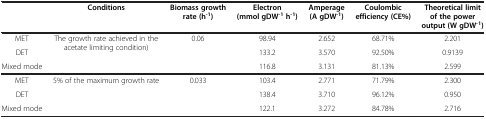
<table><thead><tr><td><b> </b></td><td><b>Conditions</b></td><td><b>Biomass growth rate (h<sup>-1</sup>)</b></td><td><b>Electron (mmol gDW<sup>-1 </sup>h<sup>-1</sup>)</b></td><td><b>Amperage (A gDW<sup>-1</sup>)</b></td><td><b>Coulombic efficiency (CE%)</b></td><td><b>Theoretical limit of the power output (W gDW<sup>-1</sup>)</b></td></tr></thead><tbody><tr><td>MET</td><td rowspan="2">The growth rate achieved in the acetate limiting condition)</td><td rowspan="2">0.06</td><td>98.94</td><td>2.652</td><td>68.71%</td><td>2.201</td></tr><tr><td>DET</td><td>133.2</td><td>3.570</td><td>92.50%</td><td>0.9139</td></tr><tr><td>Mixed mode</td><td> </td><td> </td><td>116.8</td><td>3.131</td><td>81.13%</td><td>2.599</td></tr><tr><td>MET</td><td rowspan="2">5% of the maximum growth rate</td><td rowspan="2">0.033</td><td>103.4</td><td>2.771</td><td>71.79%</td><td>2.300</td></tr><tr><td>DET</td><td>138.4</td><td>3.710</td><td>96.12%</td><td>0.950</td></tr><tr><td>Mixed mode</td><td> </td><td> </td><td>122.1</td><td>3.272</td><td>84.78%</td><td>2.716</td></tr></tbody></table>